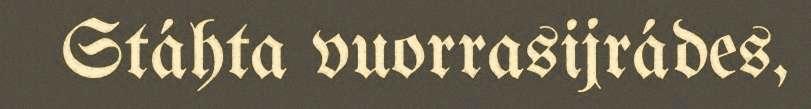
Stáhta vuorrasijrádes,